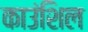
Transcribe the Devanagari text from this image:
काउंशिल